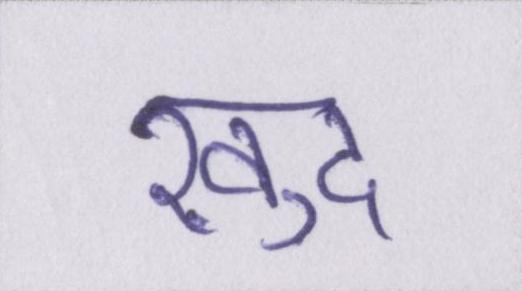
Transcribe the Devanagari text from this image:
ख़ुद